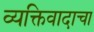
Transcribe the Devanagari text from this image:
व्यक्तिवादाचा